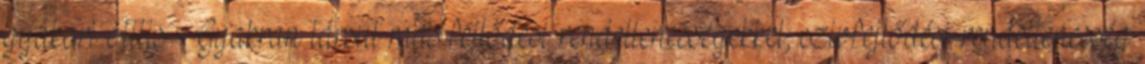
gyakori otitis Gyakran társul más fejlődési rendellenességekkel, szivfejlődési rendellenesség